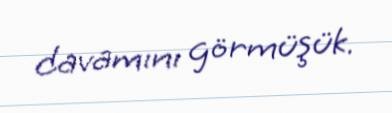
davamını görmüşük.